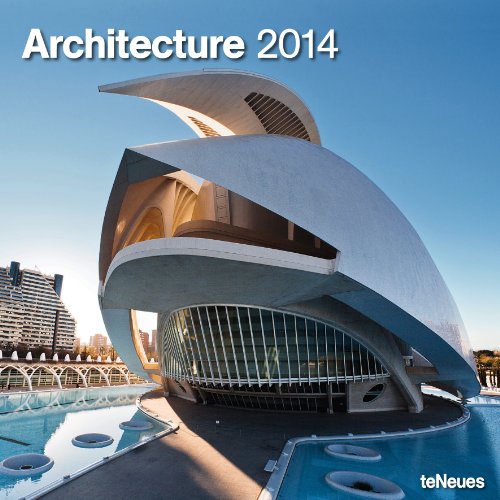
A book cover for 2014 Architecture Wall Calendar; Calendars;